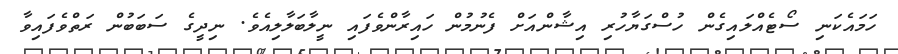
ހަމައެކަނި ސޯޓެއްލައިގެން ހުސްގަޔާހުރި އިޝާންއަށް ފެނުމުން ހައިރާންވެފައި ނީލާބަލާލިއެވެ. ނިދީގެ ސަބަބުން ރަތްވެފައިވާ